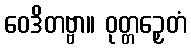
ဝေဒိတဗ္ဗာ။ ဝုတ္တဉှေတံ